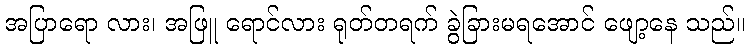
အပြာရော လား၊ အဖြူ ရောင်လား ရုတ်တရက် ခွဲခြားမရအောင် ဖျော့နေ သည်။